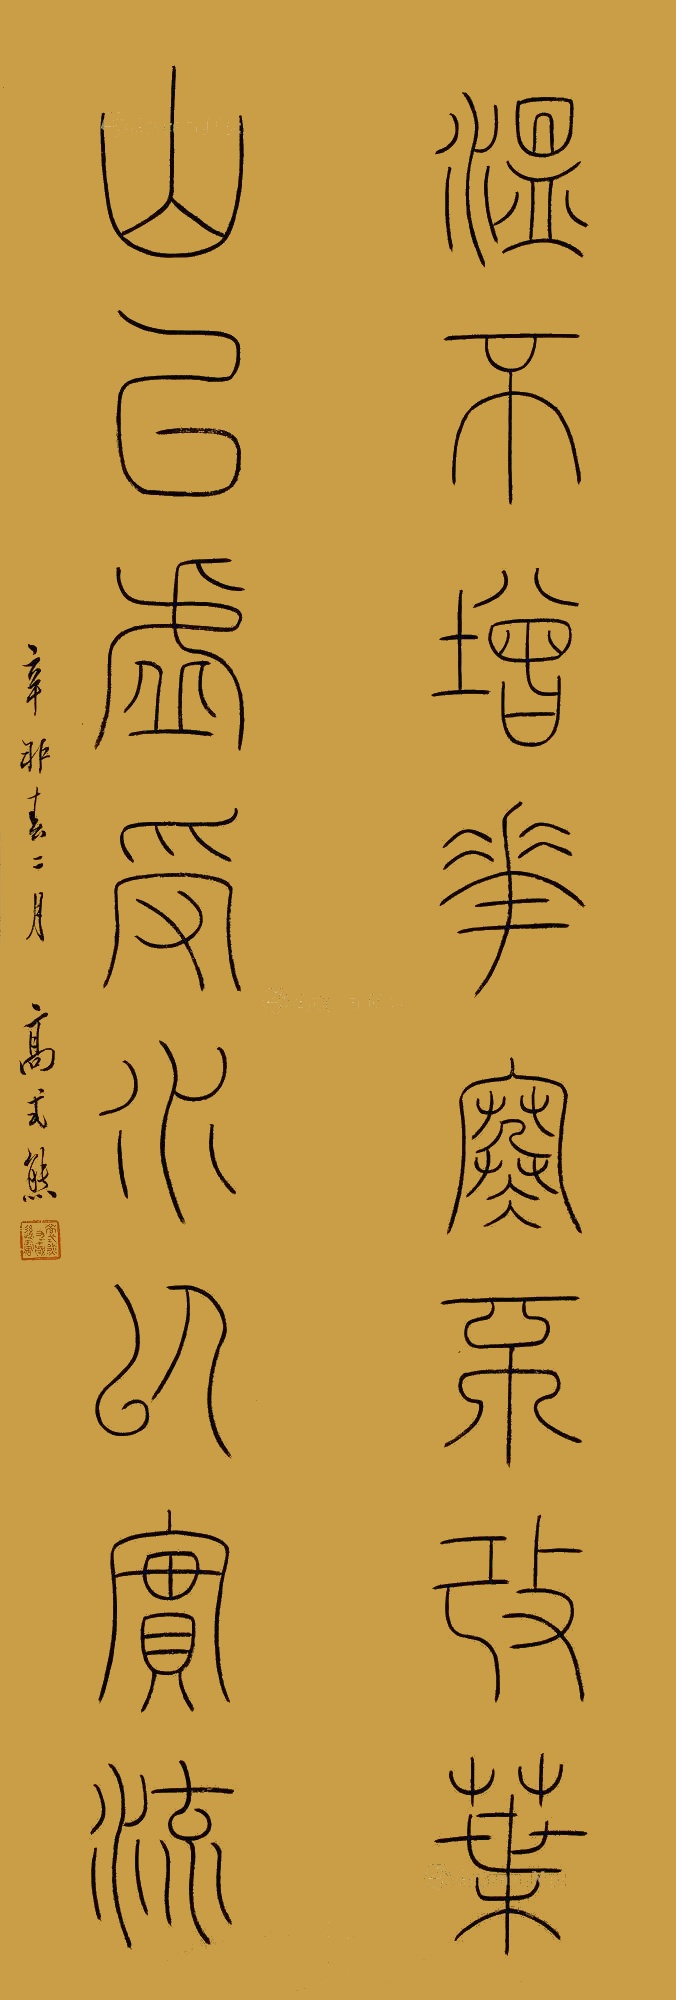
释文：温不增华寒不改叶，山以虚受水以实流。辛卯春二月，高式熊。